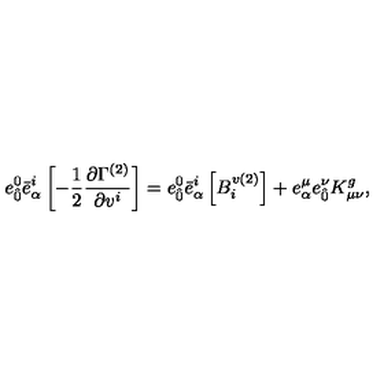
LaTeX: { e } _ { \hat { 0 } } ^ { 0 } { \bar { e } } _ { \alpha } ^ { i } \left[ - \frac { 1 } { 2 } \frac { \partial \Gamma ^ { ( 2 ) } } { \partial v ^ { i } } \right] = { e } _ { \hat { 0 } } ^ { 0 } { \bar { e } } _ { \alpha } ^ { i } \left[ B _ { i } ^ { v ( 2 ) } \right] + { e } _ { \alpha } ^ { \mu } { e } _ { \hat { 0 } } ^ { \nu } K _ { \mu \nu } ^ { g } ,